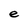
Character: e